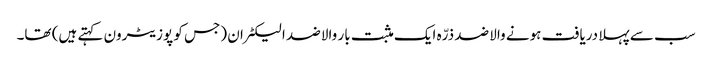
سب سے پہلا دریافت ہونے والا ضد ذرّہ ایک مثبت بار والا ضد الیکٹران (جس کو پوزیٹرون کہتے ہیں) تھا۔